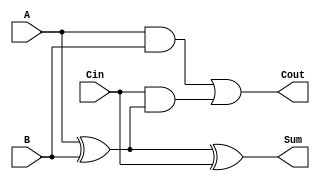
module full_adder (
    input wire A,       // First input bit
    input wire B,       // Second input bit
    input wire Cin,     // Carry-in bit
    output wire Sum,    // Sum output
    output wire Cout    // Carry-out output
);
    assign Sum = A ^ B ^ Cin; // Sum calculation using XOR
    assign Cout = (A & B) | (Cin & (A ^ B)); // Carry calculation using AND and OR
endmodule